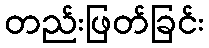
တည်းဖြတ်ခြင်း